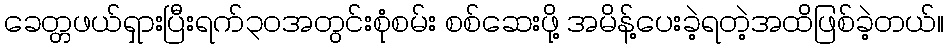
ခေတ္တဖယ်ရှားပြီးရက်၃၀အတွင်းစုံစမ်း စစ်ဆေးဖို့ အမိန့်ပေးခဲ့ရတဲ့အထိဖြစ်ခဲ့တယ်။